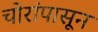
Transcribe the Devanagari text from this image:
चोरांपासून